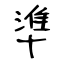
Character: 準